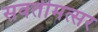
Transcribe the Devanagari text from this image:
सवतीमत्सर